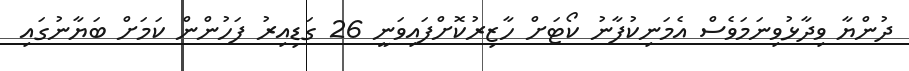
ދުންޔާ ވިދާޅުވިނަމަވެސް އެމަނިކުފާނު ކޯޓަށް ހާޒިރުކޮށްފައިވަނީ 26 ގަޑިއިރު ފަހުންން ކަމަށް ބަޔާނުގައި